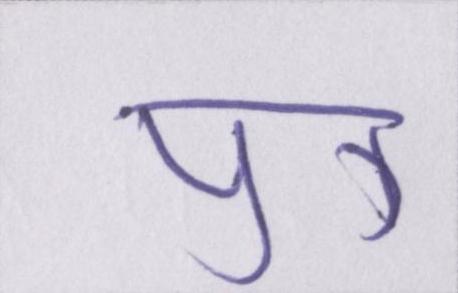
पुत्र